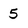
Character: 5